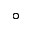
^ { \circ }